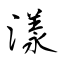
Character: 漾